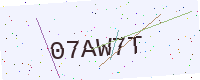
Text: 07AW7T